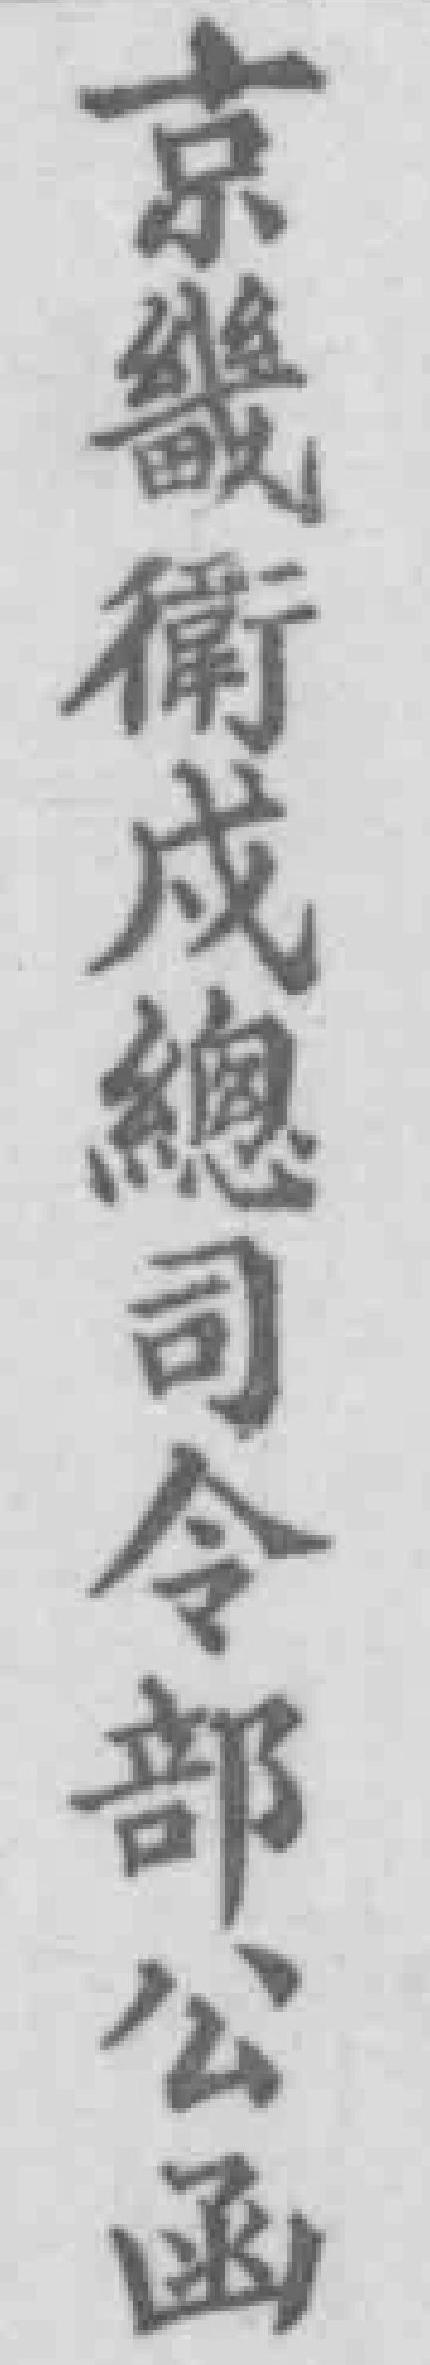
京畿衛戍總司令部公函